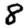
Digit: 8